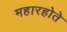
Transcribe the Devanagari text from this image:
महारहोते